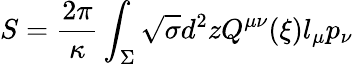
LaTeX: S={\frac{2\pi}{\kappa}}\int_{\Sigma}\sqrt{\sigma}d^{2}zQ^{\mu\nu}(\xi)l_{\mu}p_{\nu}